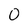
Character: O